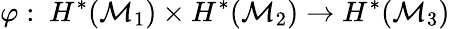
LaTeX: \varphi:\ H^{*}({\cal M}_{1})\times H^{*}({\cal M}_{2})\to H^{*}({\cal M}_{3})